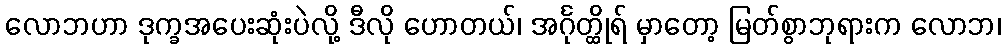
လောဘဟာ ဒုက္ခအပေးဆုံးပဲလို့ ဒီလို ဟောတယ်၊ အင်္ဂုတ္ထိုရ် မှာတော့ မြတ်စွာဘုရားက လောဘ၊